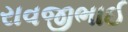
રાવજીભાઈ